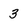
Character: 3